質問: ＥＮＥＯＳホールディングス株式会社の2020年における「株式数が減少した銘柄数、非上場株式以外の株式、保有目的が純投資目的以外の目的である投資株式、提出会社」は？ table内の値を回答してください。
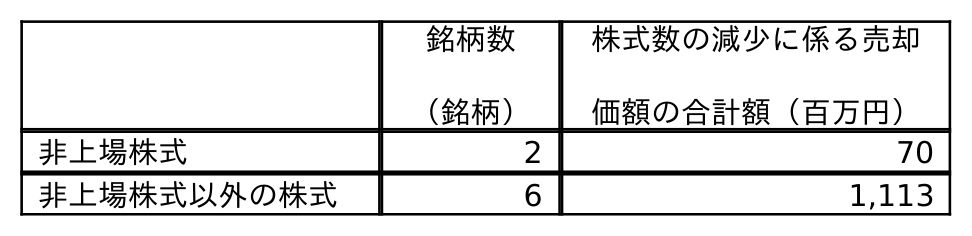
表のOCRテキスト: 銘柄数 （銘柄） 株式数の減少に係る売却 価額の合計額（百万円） 非上場株式 2 70 非上場株式以外の株式 6 1,113
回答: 6